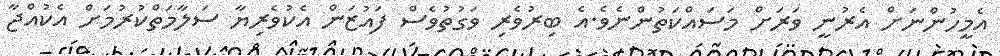
އެމީހުންނަށް އެރުނީ ވަރަށް މަސައްކަތުންނެވެ.އެ ބިރުވެރި ވަގުތުވެސް ފައުޒަން އެކުވެރިޔާ ސަލާމަތްކުރުމަށް އެކުއްޖާ